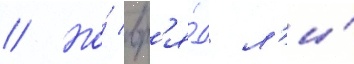
// Но́ вр'я́д л'и́